Scottish assistants in French schools and colleges, 1923
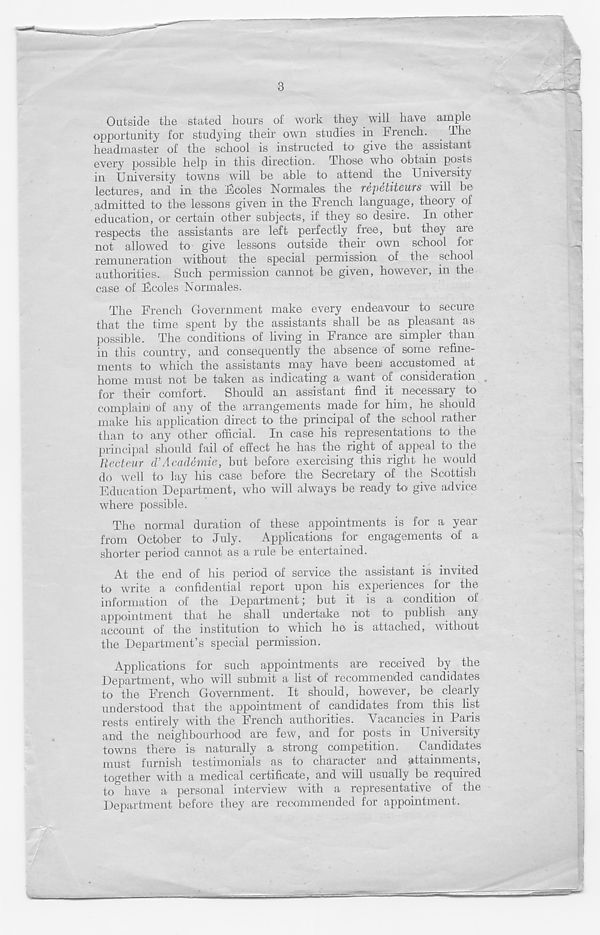
3
Outside the stated hours of work they will have ample
opportunity for studying their own studies in French.
lire
headmaster of the school is instructed to give the assistant
every possible help in this direction. Those who obtain posts
in University towns will be able to attend the University
lectures , and in the Ecoles F orm ales the repetiteurs will be
admitted to the lessons given in the French language, theory of
education, or certain other subjects, if they so desire. In other
respects the assistants are left perfectly free, but they are
not allowed to give lessons outside their own school for
remuneration without the special permission of the school
authorities. Such permission cannot be given, however, in the
case of Ecoles Formales.
The French Government make every endeavour to secure
that the time spent by the assistants shall be as pleasant as
possible. The conditions of living in France are simpler than
in this country, and consequently the absence of some refine-
ments to which the assistants may have beeni accustomed at
home must not be taken as indicating a want of consideration
for their comfort. Should an assistant find it necessary to
complain) of any of the arrangements made for him, he should
make his application direct to the principal of the school rather
than to any other official. In case his representations to the
principal should fail of effect he has the right of_ appeal to the
Recteur cVAcademic, but before exercising this right he would
do well to lay his case before the Secretary of the Scottish
Education Department, who will always be ready to give advice
where possible.
The normal duration of these appointments is for a year
from October to July.
Applications for engagements of a
shorter period cannot as a rule be entertained.
At the end of his period of service the assistant is invited
to write a confidential report upon his experiences for the
information of the Department; but it is a condition of
appointment that he shall undertake not to i publish any
account of the institution to which he is attached, without
the Department’s special permission.
Applications for such appointments are received by the
Department, who will submit a list of recommended candidates
to the French Government. It should, however, be clearly
understood that the appointment of candidates from this list
rests entirely with the French authorities. Vacancies in Paris
and the neighbourhood are few, and for posts in University
towns there is naturally a strong competition.
Candidates
must furnish testimonials as to character and attainments,
together with a medical certificate, and will usually be required
to & have a personal interview with a representative of the
Department before they are recommended for appointment.